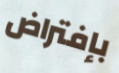
بإفتراض